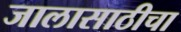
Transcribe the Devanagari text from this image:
जालासाठीचा